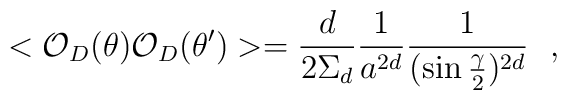
<{\cal O}_D(\theta ){\cal O}_D(\theta ')>={d\over 2\Sigma_d}{1\over a^{2d}}{1\over (\sin{\gamma\over 2})^{2d}}~~,